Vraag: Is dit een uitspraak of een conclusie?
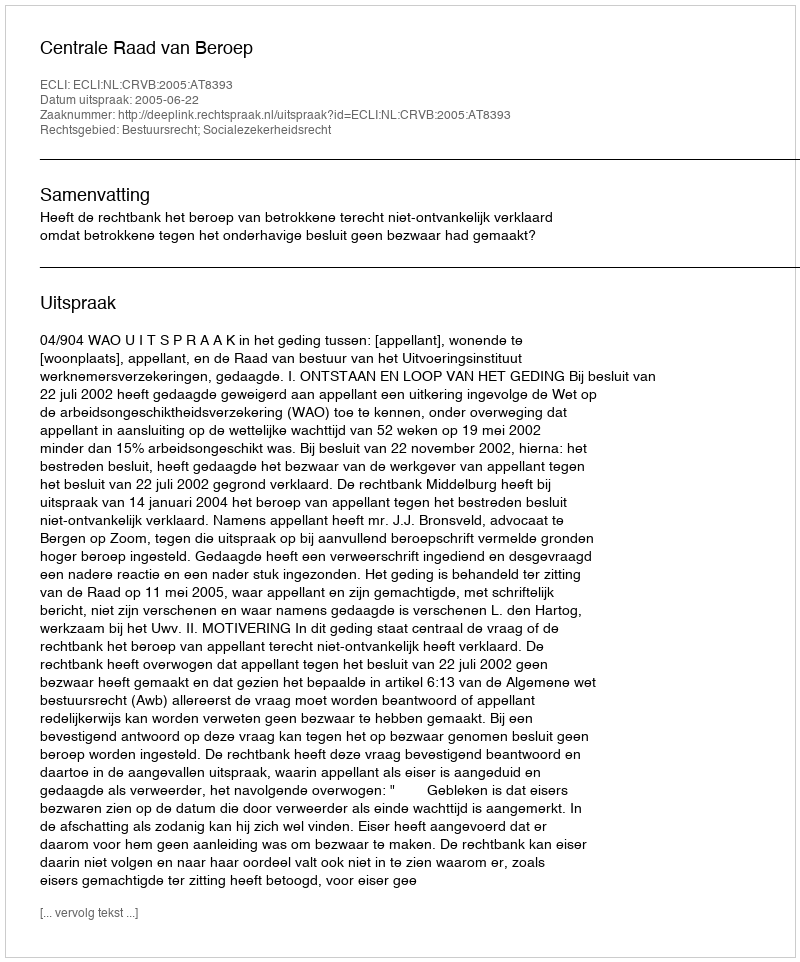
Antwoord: Uitspraak